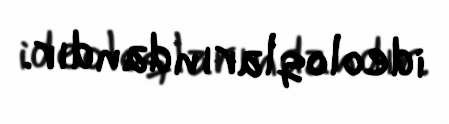
ideoloqlarındandır.